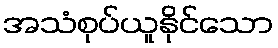
အသံစုပ်ယူနိုင်သော